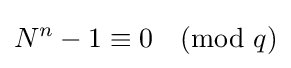
N^{n}-1\equiv 0{\pmod {q}}